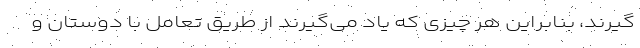
گیرند، بنابراین هر چیزی که یاد می‌گیرند از طریق تعامل با دوستان و